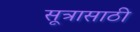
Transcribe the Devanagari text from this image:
सूत्रासाठी